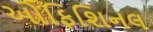
ઓફિશિનલ